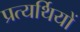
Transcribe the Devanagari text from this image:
प्रत्यर्थियों